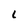
Character: L